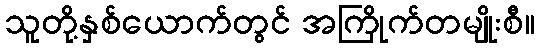
သူတို့နှစ်ယောက်တွင် အကြိုက်တမျိုးစီ။